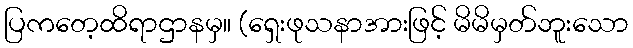
ပြကတေ့ထိရာဌာနမှ။ (ရှေးဖုသနာအားဖြင့် မိမိမှတ်ဘူးသော